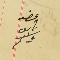
عضو ناىف واكىم